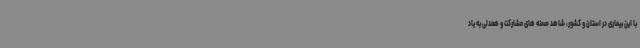
با این‌ بیماری در استان و کشور، شاهد صحنه های مشارکت و همدلی به یاد